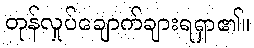
တုန်လှုပ်ချောက်ချားရရှာ၏။